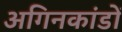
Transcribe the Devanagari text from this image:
अगिनकांडों